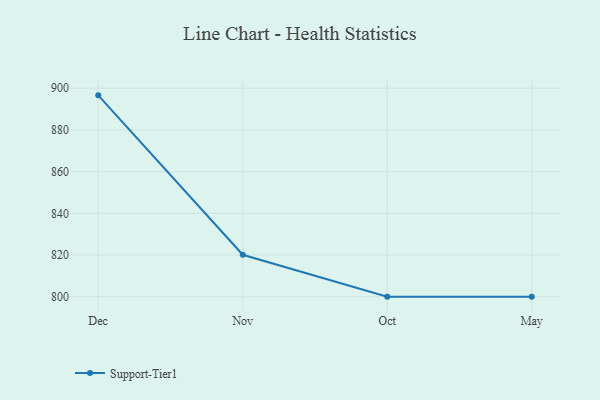
{"axis": {"x": "Month", "y": "Net Income (USD K)"}, "legend": ["Support-Tier1"], "data": [{"x": "Dec", "y": 896.6, "type": "Support-Tier1"}, {"x": "Nov", "y": 820.1, "type": "Support-Tier1"}, {"x": "Oct", "y": 800, "type": "Support-Tier1"}, {"x": "May", "y": 800, "type": "Support-Tier1"}]}